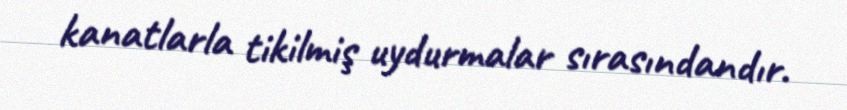
kanatlarla tikilmiş uydurmalar sırasındandır.